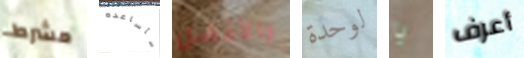
مشرط سأساعده والأفضل لوحدة يا أعرف